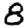
Digit: 8